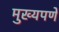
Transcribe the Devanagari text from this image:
मुख्यपणे